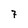
Character: 7